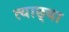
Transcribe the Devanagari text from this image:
त्याछ्या